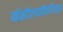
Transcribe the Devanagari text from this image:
खेळीव्यतिरिक्त